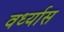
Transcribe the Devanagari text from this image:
वर्ध्यास